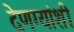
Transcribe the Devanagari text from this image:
देणग्यांशी